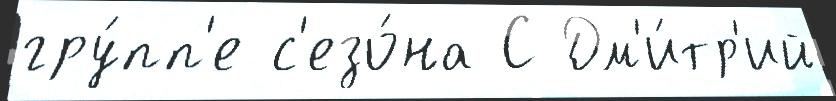
гру́пп'е с'езо́на С Дм'и́тр'ий